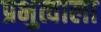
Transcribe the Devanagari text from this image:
प्रभुत्वाला